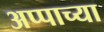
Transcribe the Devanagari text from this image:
अप्पाच्या